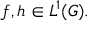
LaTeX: f , h \in L ^ { 1 } ( G ) .